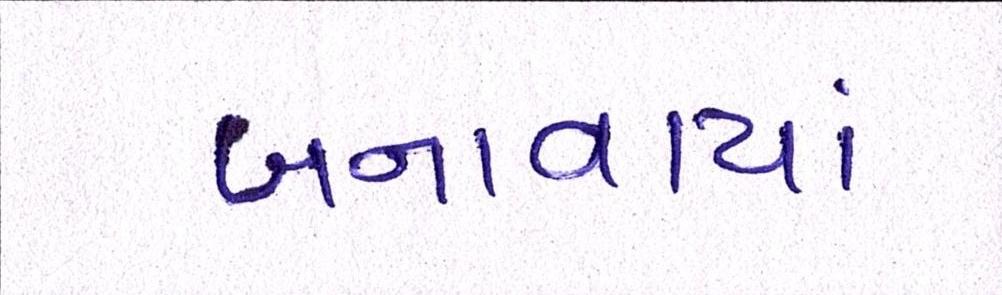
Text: બનાવાયાં